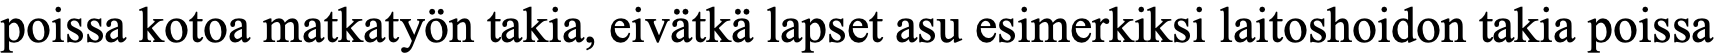
poissa kotoa matkatyön takia, eivätkä lapset asu esimerkiksi laitoshoidon takia poissa